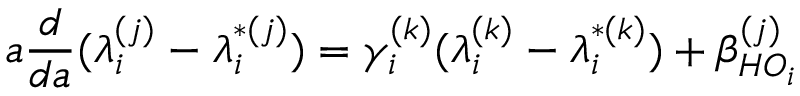
a \frac { d } { d a } ( \lambda _ { i } ^ { ( j ) } - \lambda _ { i } ^ { * ( j ) } ) = \gamma _ { i } ^ { ( k ) } ( \lambda _ { i } ^ { ( k ) } - \lambda _ { i } ^ { * ( k ) } ) + \beta _ { H O _ { i } } ^ { ( j ) }